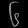
Digit: ၆